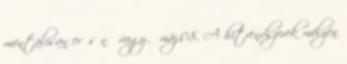
mentálisan erős nő vagy máj.08. A hitrendszerek mélyen